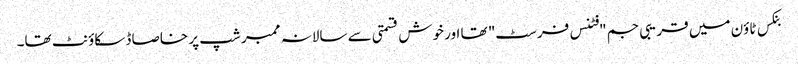
بنکس ٹاؤن میں قریبی جم "فٹنس فرسٹ" تھا اور خوش قسمتی سے سالانہ ممبر شپ پر خاصا ڈسکاؤنٹ تھا۔